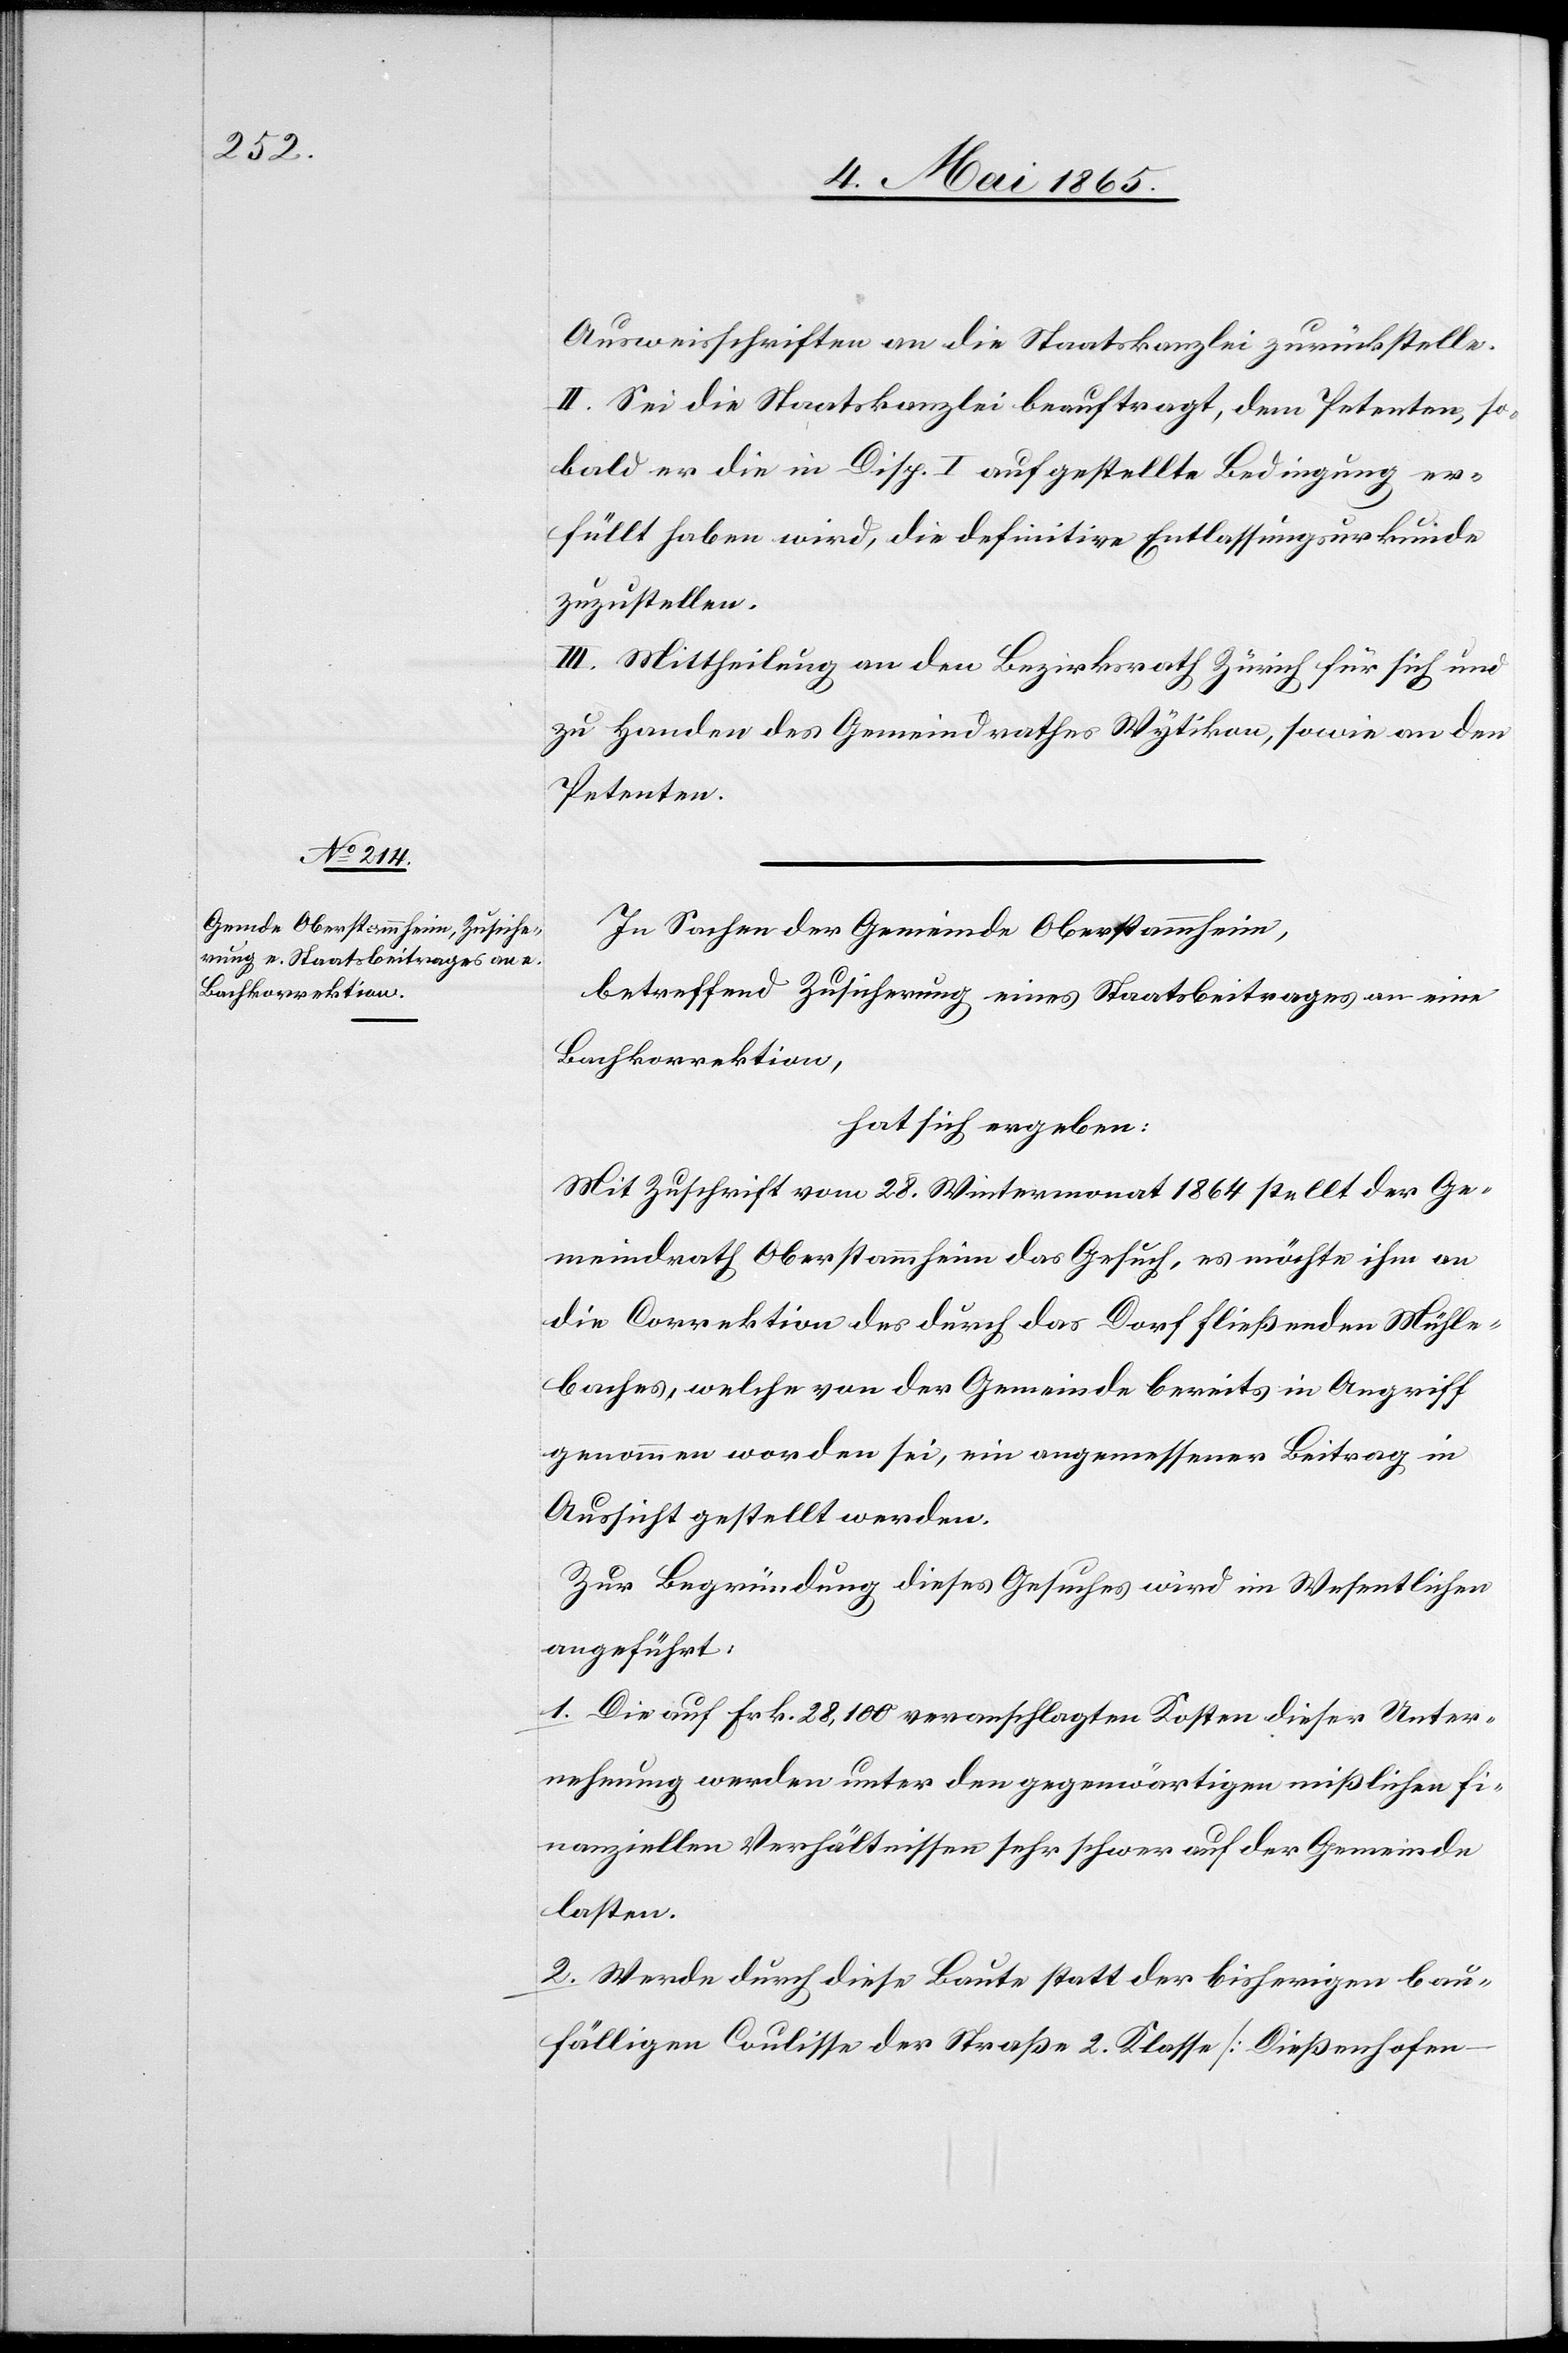
Ausweisschriften an die Staatskanzlei zurückstelle.
II. Sei die Staatskanzlei beauftragt, dem Petenten, so¬
bald er die in Disp. I aufgestellte Bedingung er¬
füllt haben wird, die definitive Entlassungsurkunde
zuzustellen.
III. Mittheilung an den Bezirksrath Zürich für sich und
zu Handen des Gemeindrathes Wytikon, sowie an den
Petenten.
In Sachen der Gemeinde Oberstammheim,
betreffend Zusicherung eines Staatsbeitrages an eine
Bachkorrektion,
hat sich ergeben:
Mit Zuschrift vom 28. Wintermonat 1864 stellt der Ge¬
meindrath Oberstammheim das Gesuch, es möchte ihm an
die Correktion des durch das Dorf fließenden Mühle¬
baches, welche von der Gemeinde bereits in Angriff
genommen worden sei, ein angemessener Beitrag in
Aussicht gestellt werden.
Zur Begründung dieses Gesuches wird im Wesentlichen
angeführt:
1. Die auf Frk. 28,1200 veranschlagten Kosten dieser Unter¬
nehmung werden unter den gegenwärtigen mißlichen fi¬
nanziellen Verhältnissen sehr schwer auf der Gemeinde
lasten.
2. Werde durch diese Baute statt der bisherigen bau¬
fälligen Coulisse der Straße 2. Klasse [Dießenhofen–